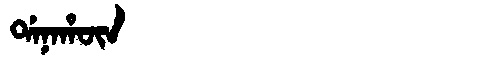
Manchu: ᡩᠠᠨᠠᡥᡡᠨ
Romanization: DANAHŪN